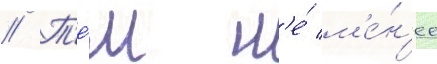
// Т'е́м н'е́ м'е́н'ее